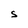
Character: S